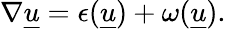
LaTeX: \begin{array}{r}{\nabla\underline{u}=\epsilon(\underline{{u}})+{\omega}(\underline{u}).}\end{array}